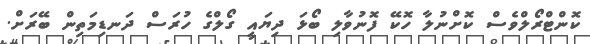
ކޮންޓްރޯލްވެސް ކޮށްނުލާ ހޮކޭ ފޮނުވާލި ބޯޅަ ދިޔައީ ގޯލްގެ ހުރަސް ދަނޑިމަތިން ބޭރަށް.